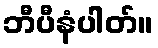
ဘီပီနံပါတ်။